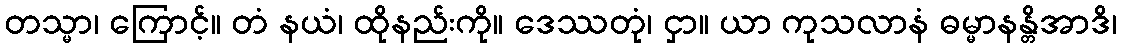
တသ္မာ၊ ကြောင့်။ တံ နယံ၊ ထိုနည်းကို။ ဒေဿတုံ၊ ငှာ။ ယာ ကုသလာနံ ဓမ္မာနန္တိအာဒိ၊